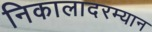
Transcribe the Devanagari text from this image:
निकालादरम्यान